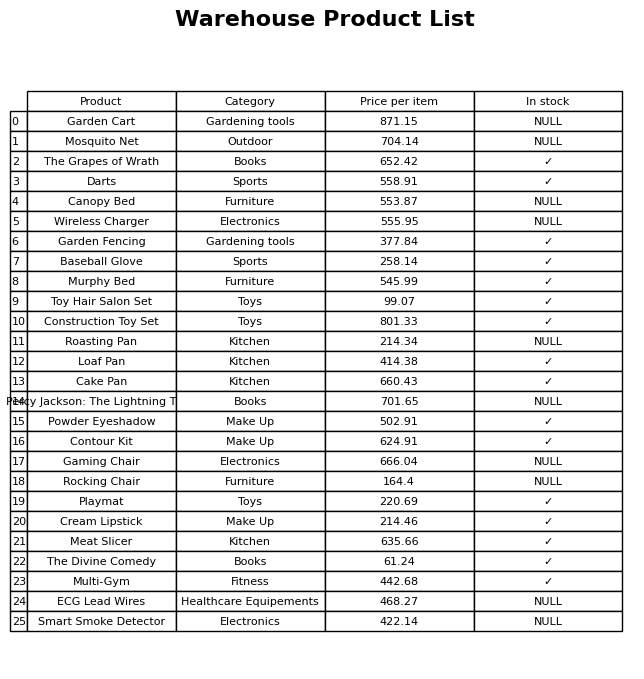
question: Is the Contour Kit in stock?
answer: ✓